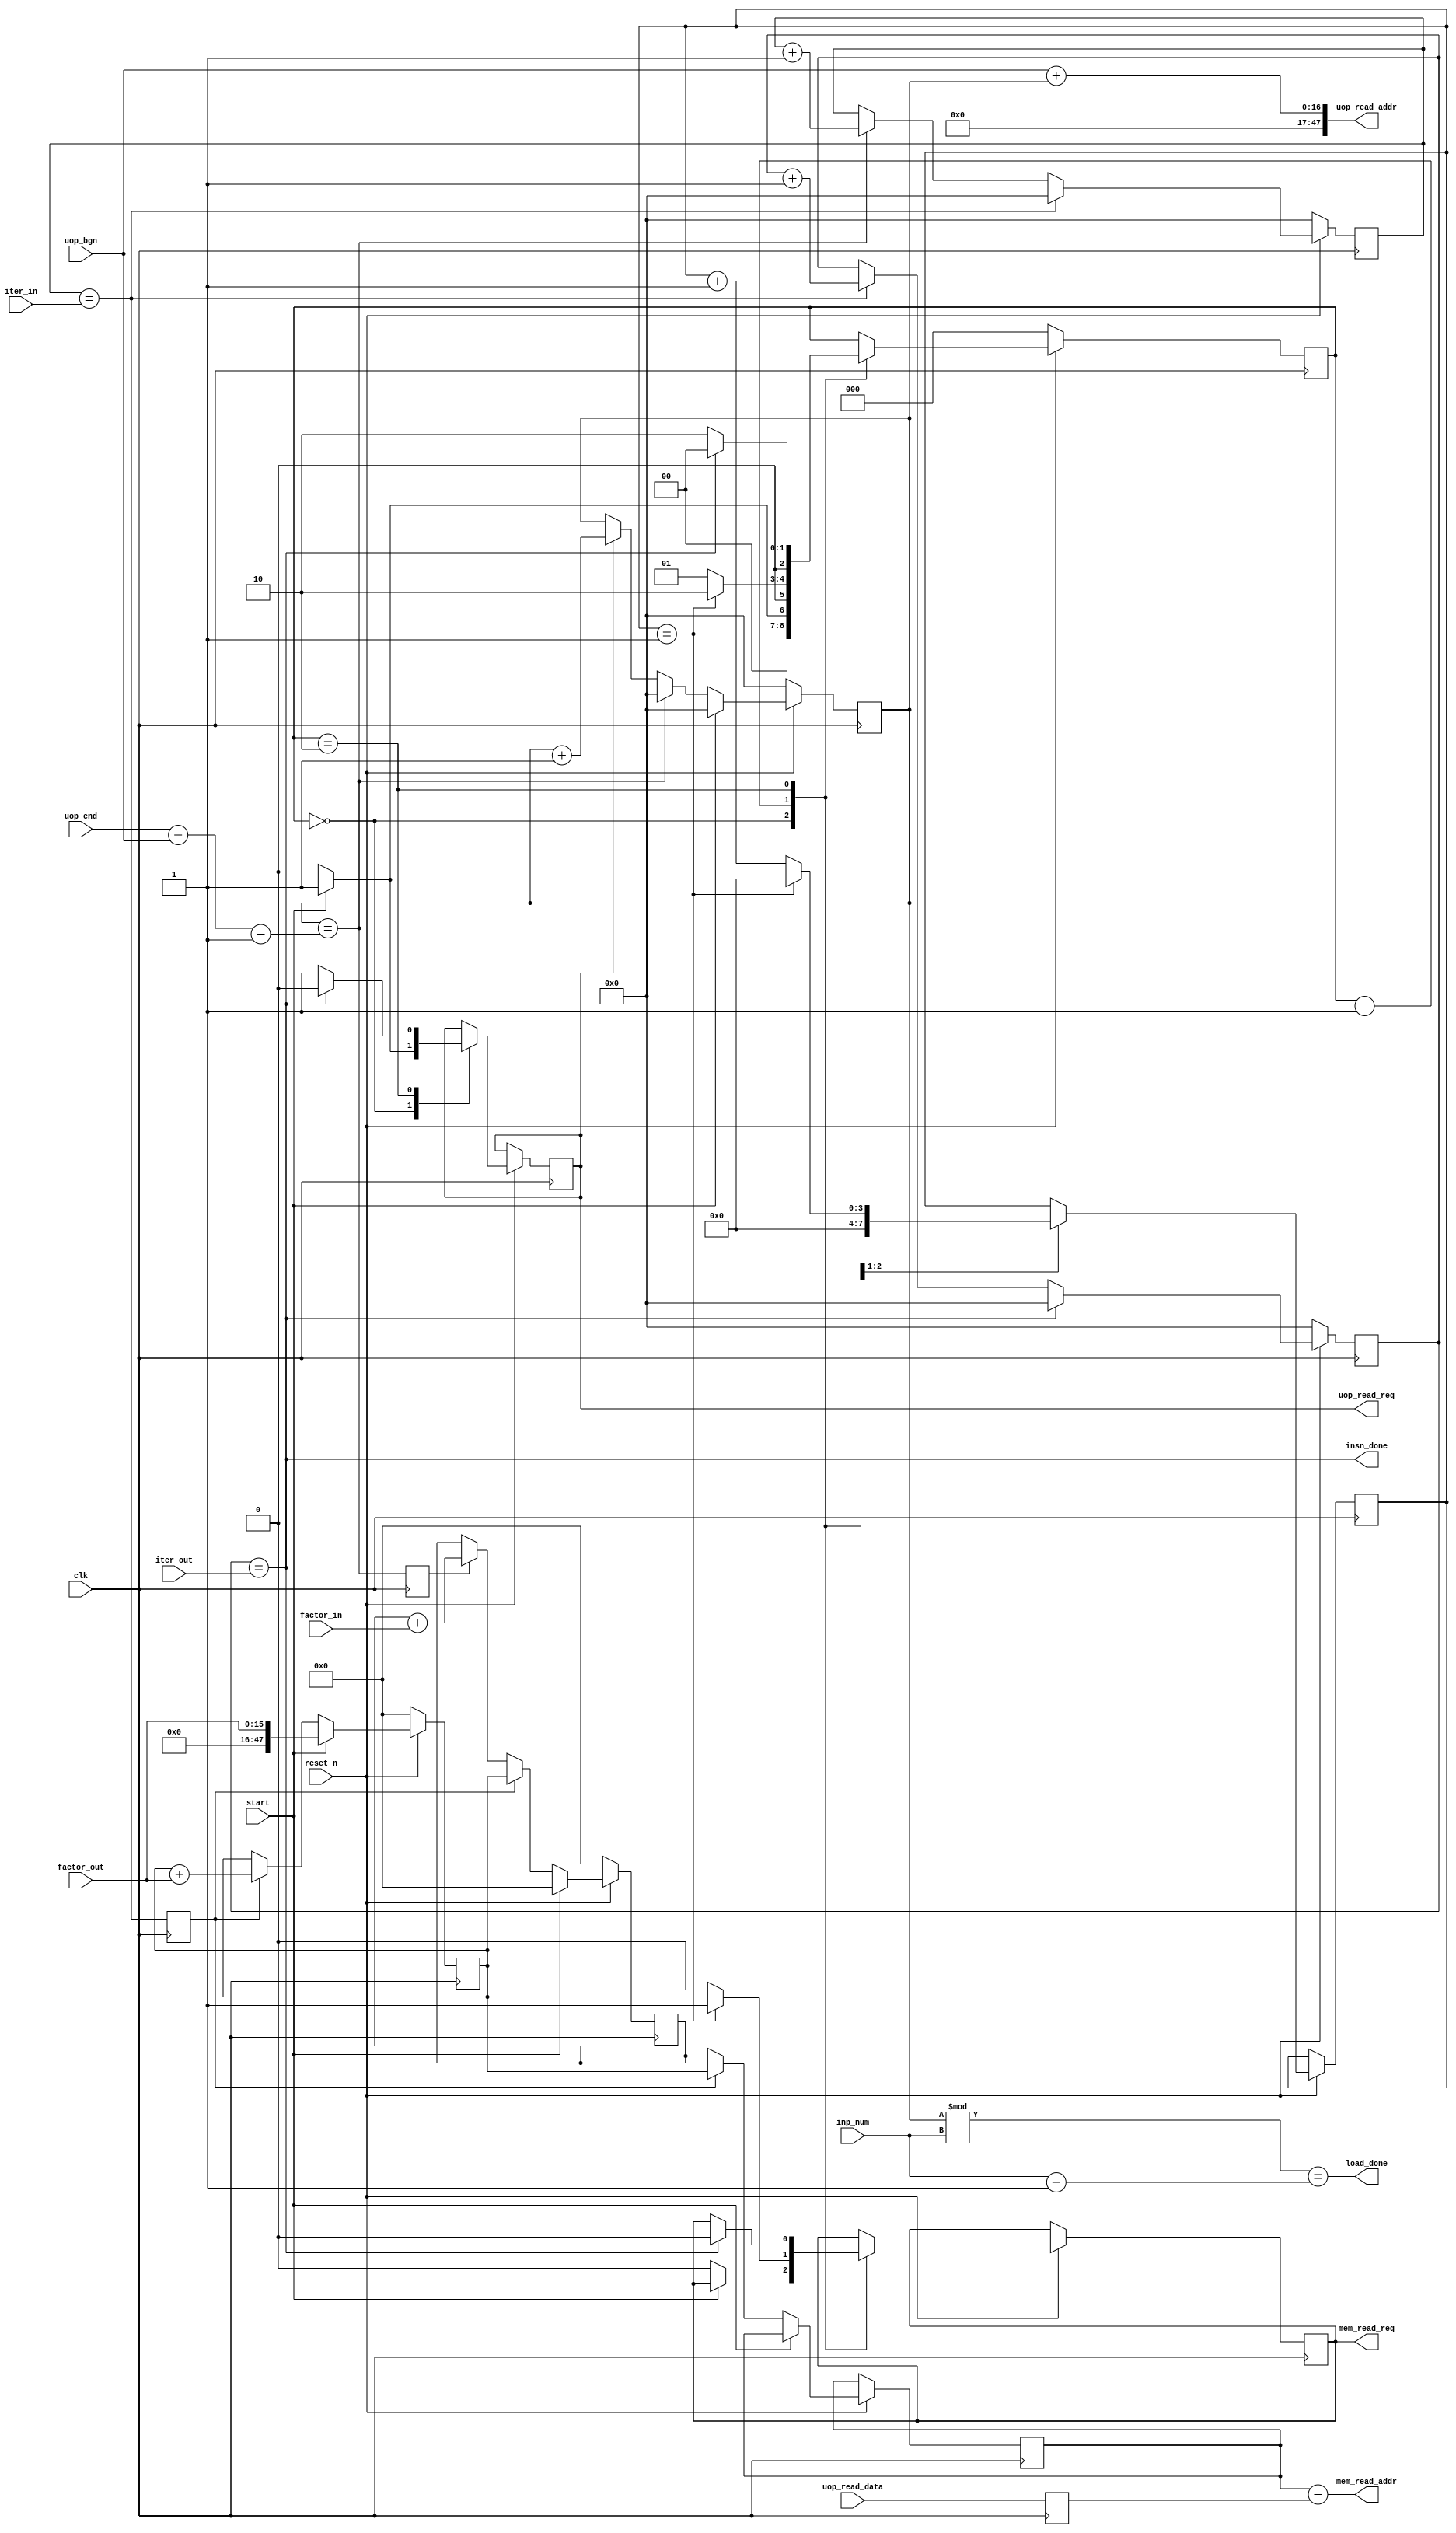
`timescale 1ns/1ps
module address_offset #(
  // Internal Parameters
  parameter integer  ARRAY_N                          = 16,
  parameter integer  UOP_DATA_WIDTH                   = 8,
  parameter integer  MEM_ADDR_WIDTH_W                 = 48,
  parameter integer  UOP_MEM_ADDR_WIDTH_W             = 48,

  parameter integer  INP_NUM_W                        = 10,
  
  parameter integer  INSN_UOP_W                       = 16,
  parameter integer  INSN_ITER_W                      = 16,
  parameter integer  INSN_FAC_W                       = 16,

  parameter integer  CNT_W                            = 8
) ( 
  input  wire                                          clk,
  input  wire                                          reset_n,

  input  wire                                          start,
  output wire                                          insn_done,
  output wire                                          load_done,

  output wire  [ MEM_ADDR_WIDTH_W    -1 : 0  ]         mem_read_addr,
  output wire                                          mem_read_req,

  input  wire  [ INP_NUM_W           -1 : 0  ]         inp_num,
  input  wire  [ INSN_UOP_W          -1 : 0  ]         uop_bgn,
  input  wire  [ INSN_UOP_W             : 0  ]         uop_end,    
  input  wire  [ INSN_ITER_W         -1 : 0  ]         iter_in,
  input  wire  [ INSN_ITER_W         -1 : 0  ]         iter_out,
  input  wire  [ INSN_FAC_W          -1 : 0  ]         factor_in,
  input  wire  [ INSN_FAC_W          -1 : 0  ]         factor_out,

  output wire  [ UOP_MEM_ADDR_WIDTH_W    -1 : 0  ]     uop_read_addr,
  output wire                                          uop_read_req,
  input  wire  [ UOP_DATA_WIDTH      -1 : 0  ]         uop_read_data  
);

//=============================================================
// Wires/Regs
//=============================================================
  reg  [ CNT_W                        -1 : 0 ]        iter_in_cnt;
  reg  [ CNT_W                        -1 : 0 ]        iter_out_cnt;
  reg  [ CNT_W                        -1 : 0 ]        uop_cnt;
  reg  [ MEM_ADDR_WIDTH_W             -1 : 0 ]        addr_offset;
  reg  [ MEM_ADDR_WIDTH_W             -1 : 0 ]        addr_iter_out;
  reg  [ MEM_ADDR_WIDTH_W             -1 : 0 ]        addr_temp;
  reg  [ UOP_DATA_WIDTH               -1 : 0 ]        uop_data;
  reg                                                 en;
  wire                                                uop_done;

  wire                                                iter_in_done;
  wire                                                iter_out_done;
  wire                                                ld_done;

  reg                                                 iter_in_done_dly1;
  reg                                                 uop_done_dly1;
  reg                                                 mem_read_req_reg;  

//=============================================================
//Output mem_read_addr for the last two cycles of start
//=============================================================

  assign uop_read_req = en;
  assign uop_read_addr = uop_bgn + uop_cnt;
  assign mem_read_req = mem_read_req_reg;

  assign mem_read_addr = addr_offset + uop_data;

  assign ld_done = (uop_cnt % inp_num == (inp_num-1'b1));

  // assign uop_done = (uop_cnt == (uop_end - uop_bgn));
  assign uop_done = (uop_cnt == (uop_end - uop_bgn - 1'b1));//edit by sy 0923

  // assign iter_in_done = (iter_in_cnt == iter_in + 1'b1);
  // assign iter_out_done = (iter_out_cnt == iter_out + 1'b1);
  assign iter_in_done = (iter_in_cnt == iter_in);//edit by sy 0923
  assign iter_out_done = (iter_out_cnt == iter_out);//edit by sy 0923

  assign insn_done = iter_out_done;
  assign load_done = ld_done;


//compute mem_read_addr
  always @(posedge clk)
  begin
    if(!reset_n) begin
      addr_temp <= 'd0;
      addr_iter_out <= 'd0;
    end
    else if(start) begin
      addr_iter_out <= factor_out;
      addr_temp <= 'b0;
    end
    else if(iter_in_done_dly1) begin
      addr_iter_out <= addr_iter_out + factor_out;
      addr_temp <= addr_iter_out;
      addr_offset <= addr_iter_out;
    end
    else if(uop_done_dly1) begin
      addr_temp <= addr_temp + factor_in;
      addr_offset <= addr_temp;    
    end
    else begin
      addr_offset <= addr_temp;    
    end
  end

  always @(posedge clk)
    begin
      uop_data <= uop_read_data;
    end

//cnt ++
  always @(posedge clk)
  begin
    if(!reset_n) begin
      uop_cnt <= 'b0;
    end
    else if(start) begin
      uop_cnt <= 'b0;
    end 
    else if(uop_done) begin
      uop_cnt <= 'b0;
    end
    else if (en) begin
      uop_cnt <= uop_cnt + 1'b1;
    end
  end
//iter_in_cnt ++ when uop_cnt loop done
  always @(posedge clk)
  begin
    if(!reset_n) begin
      iter_in_cnt <= 'b0;
    end   
    else if(iter_in_done) begin
      iter_in_cnt <= 'b0;
    end
    else if(uop_done)begin
      iter_in_cnt <= iter_in_cnt + 1'b1;
    end
  end

//iter_out_cnt ++ when iter_in_cnt loop done
  always @(posedge clk)
  begin
    if(!reset_n) begin
      iter_out_cnt <= 'b0;
    end    
    else if (insn_done)
      iter_out_cnt <= 1'b0;
    else if(iter_in_done) 
      iter_out_cnt <= iter_out_cnt + 1'b1;
  end

    localparam integer  IDLE                 = 0;
    localparam integer  DELAY                 = 1;
    localparam integer  EN                   = 2;

    reg   [ 2                      : 0  ]         state;
    reg   [ 3                      : 0  ]         dely_cnt;

    always @(posedge clk)
    begin
      if(!reset_n) begin
        state <= IDLE;
      end
      else begin
      case (state)
        IDLE: begin
          if (start) begin
            dely_cnt <= 'b0;
            state <= DELAY;
            en <= 1'b1;
            end
          else begin
            state <= IDLE;
            dely_cnt <= 'b0;
            en <= 1'b0;
            mem_read_req_reg <= 1'b0;
          end
        end 
         DELAY: begin
            if(dely_cnt == 'd1) begin
              dely_cnt <= 'b0;
              mem_read_req_reg <= 1'b1;
              state <= EN;
            end
            else begin
              dely_cnt <= dely_cnt + 1'b1;
              state <= DELAY;
              mem_read_req_reg <= 1'b0;
            end
          end
        EN: begin
          if(insn_done) begin
            en <= 1'b0;
            mem_read_req_reg <= 1'b0;
            state <= IDLE;
            end
          else begin
            en <= 1'b1;
            state <= EN;   
            // mem_read_req_reg <= 1'b1;       
          end
          end  
        default : state <= state;      
    endcase
      end
    end
//delay
    always @(posedge clk)
    begin
      uop_done_dly1 <= uop_done;   
      iter_in_done_dly1 <= iter_in_done;   
    end
  endmodule